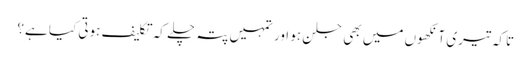
تاکہ تیری آنکھوں میں بھی جلن ہو اور تمہیں پتہ چلے کہ تکلیف ہوتی کیا ہے؟